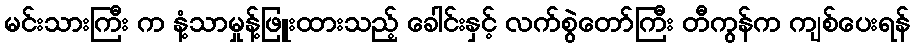
မင်းသားကြီး က နံ့သာမှုန့်ဖြူးထားသည့် ခေါင်းနှင့် လက်စွဲတော်ကြီး တီကွန်က ကျစ်ပေးရန်